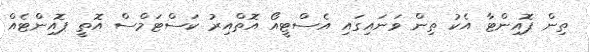
ތިން ޕޮއިންޓާ އެކު ތިން ވަނައިގައި އެސްޓީއޯ އޮތްއިރު ކަސްޓަމްސް އޮތީ ޕޮއިންޓެއް